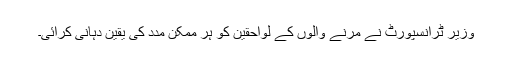
وزیر ٹرانسپورٹ نے مرنے والوں کے لواحقین کو ہر ممکن مدد کی یقین دہانی کرائی۔